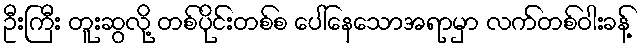
ဦးကြီး တူးဆွလို့ တစ်ပိုင်းတစ်စ ပေါ်နေသောအရာမှာ လက်တစ်ဝါးခန့်